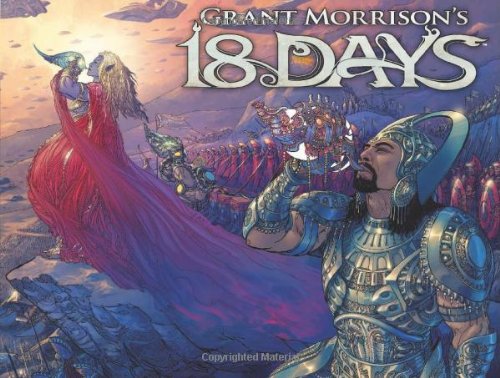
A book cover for Grant Morrisons 18 Days; Grant Morrison; Humor & Entertainment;